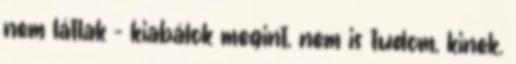
nem látlak - kiabálok megint, nem is tudom, kinek.